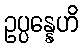
ဥပ္ပန္နေဟိ